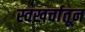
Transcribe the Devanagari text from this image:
स्वखर्चातून